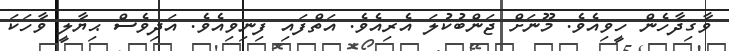
ވާގިދާހެން ހީވިއެވެ. މޫނަށް ޖަންބުކުލަ އެރިއެވެ. އަތްފައި ފިނިވިއެވެ. އަދިވެސް ޙިޔާލީ ވާހަކަ